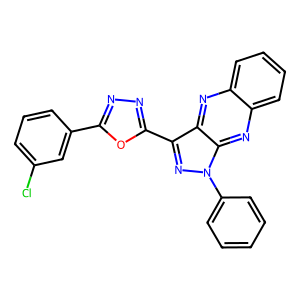
SMILES: Clc1cccc(-c2nnc(-c3nn(-c4ccccc4)c4nc5ccccc5nc34)o2)c1
Inhibits HIV replication: No